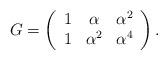
LaTeX: \begin{align*}G= \left( \begin{array}{ccc} 1 & \alpha & \alpha^2 \\ 1 & \alpha^2 & \alpha^4\end{array}\right) .\end{align*}